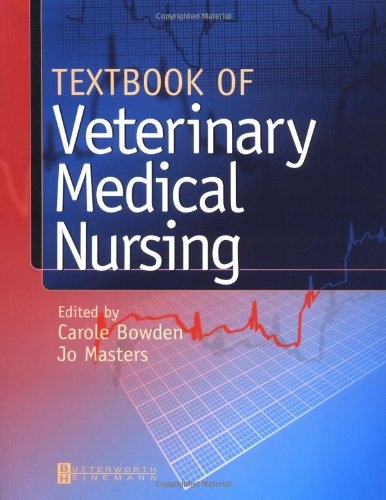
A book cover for Textbook of Veterinary Medical Nursing, 1e; Carole Browne Dip AVN(Surgical)  RVN; Medical Books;